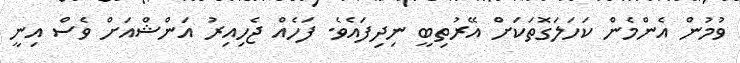
ވުމުން އެންމެން ކަހަލަގޮތަކަށް އޭރުތިބީ ނިދިފައެވެ. ފަހެއް ޖެހިއިރު އަންޝްއަށް ވެސް އިނީ